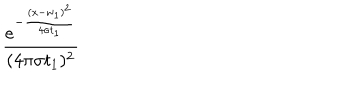
\frac { e ^ { - \frac { ( x - w _ { 1 } ) ^ { 2 } } { 4 \sigma t _ { 1 } } } } { ( 4 \pi \sigma t _ { 1 } ) ^ { 2 } }